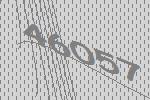
46057